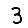
Digit: 3